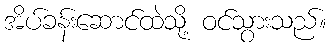
အိပ်ခန်းဆောင်ထဲသို့ ဝင်သွားသည်။